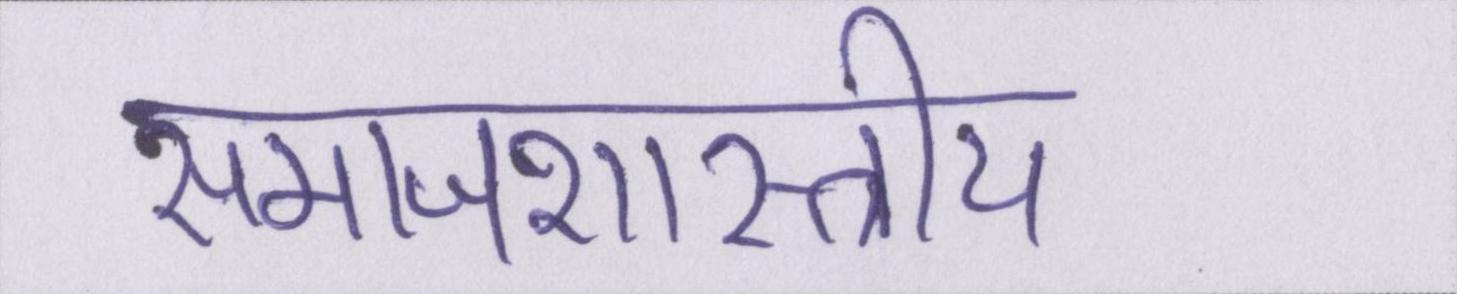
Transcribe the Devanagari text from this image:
समाजशास्त्राीय